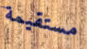
مستقيمة